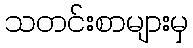
သတင်းစာများမှ